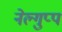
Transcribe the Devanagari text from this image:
नेल्गुप्प